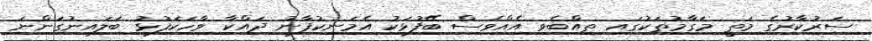
ސަރުކާރުގެ މަތީ މަގާމުތަކުގައި ތިއްބެވި އެއްވެސް ބޭފުޅަކު އެމަނިކުފާނު ދައްކާ ވާހަކަފުޅު ބަލައިނުގަންނަ